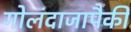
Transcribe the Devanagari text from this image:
गोलंदाजापैकी